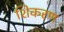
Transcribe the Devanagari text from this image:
शिकरण